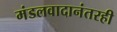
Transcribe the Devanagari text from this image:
मंडलवादानंतरही